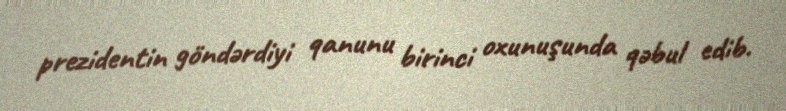
prezidentin göndərdiyi qanunu birinci oxunuşunda qəbul edib.